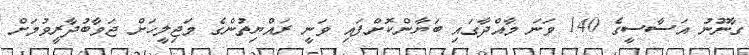
ގާނޫނު އަސާސީގެ 140 ވަނަ މާއްދާގައި ބަޔާންކޮށްފައި ވަނީ ރައްޔިތުންގެ މަޖިލީހަށް ޖަވާބުދާރީވުމަށް